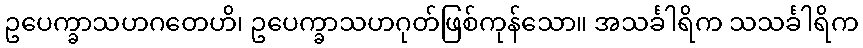
ဥပေက္ခာသဟဂတေဟိ၊ ဥပေက္ခာသဟဂုတ်ဖြစ်ကုန်သော။ အသင်္ခါရိက သသင်္ခါရိက